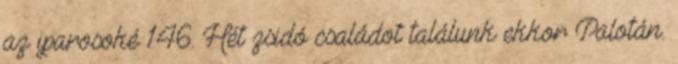
az iparosoké 146. Hét zsidó családot találunk ekkor Palotán.